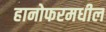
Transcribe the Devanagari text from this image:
हानोफरमधील